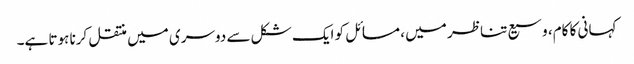
کہانی کا کام، وسیع تناظر میں ، مسائل کو ایک شکل سے دوسری میں منتقل کرنا ہوتا ہے۔